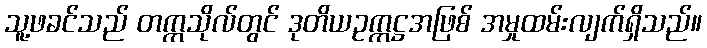
သူ့ဖခင်သည် တက္ကသိုလ်တွင် ဒုတိယဥက္ကဋ္ဌအဖြစ် အမှုထမ်းလျက်ရှိသည်။